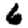
Digit: 6